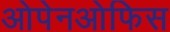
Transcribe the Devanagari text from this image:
ओपेनओफिस